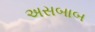
અસબાબ